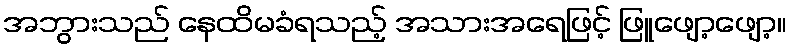
အဘွားသည် နေထိမခံရသည့် အသားအရေဖြင့် ဖြူဖျော့ဖျော့။